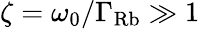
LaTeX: \zeta=\omega_{0}/\Gamma_{\mathrm{Rb}}\gg 1